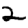
Digit: 2